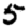
Digit: 5